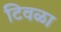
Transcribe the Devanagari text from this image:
टिवळा